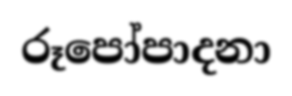
රූපෝපාදනා